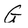
Character: G